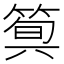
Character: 𥯗